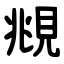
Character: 覜